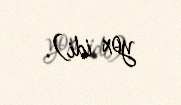
yox idi).